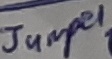
Text: Jumper